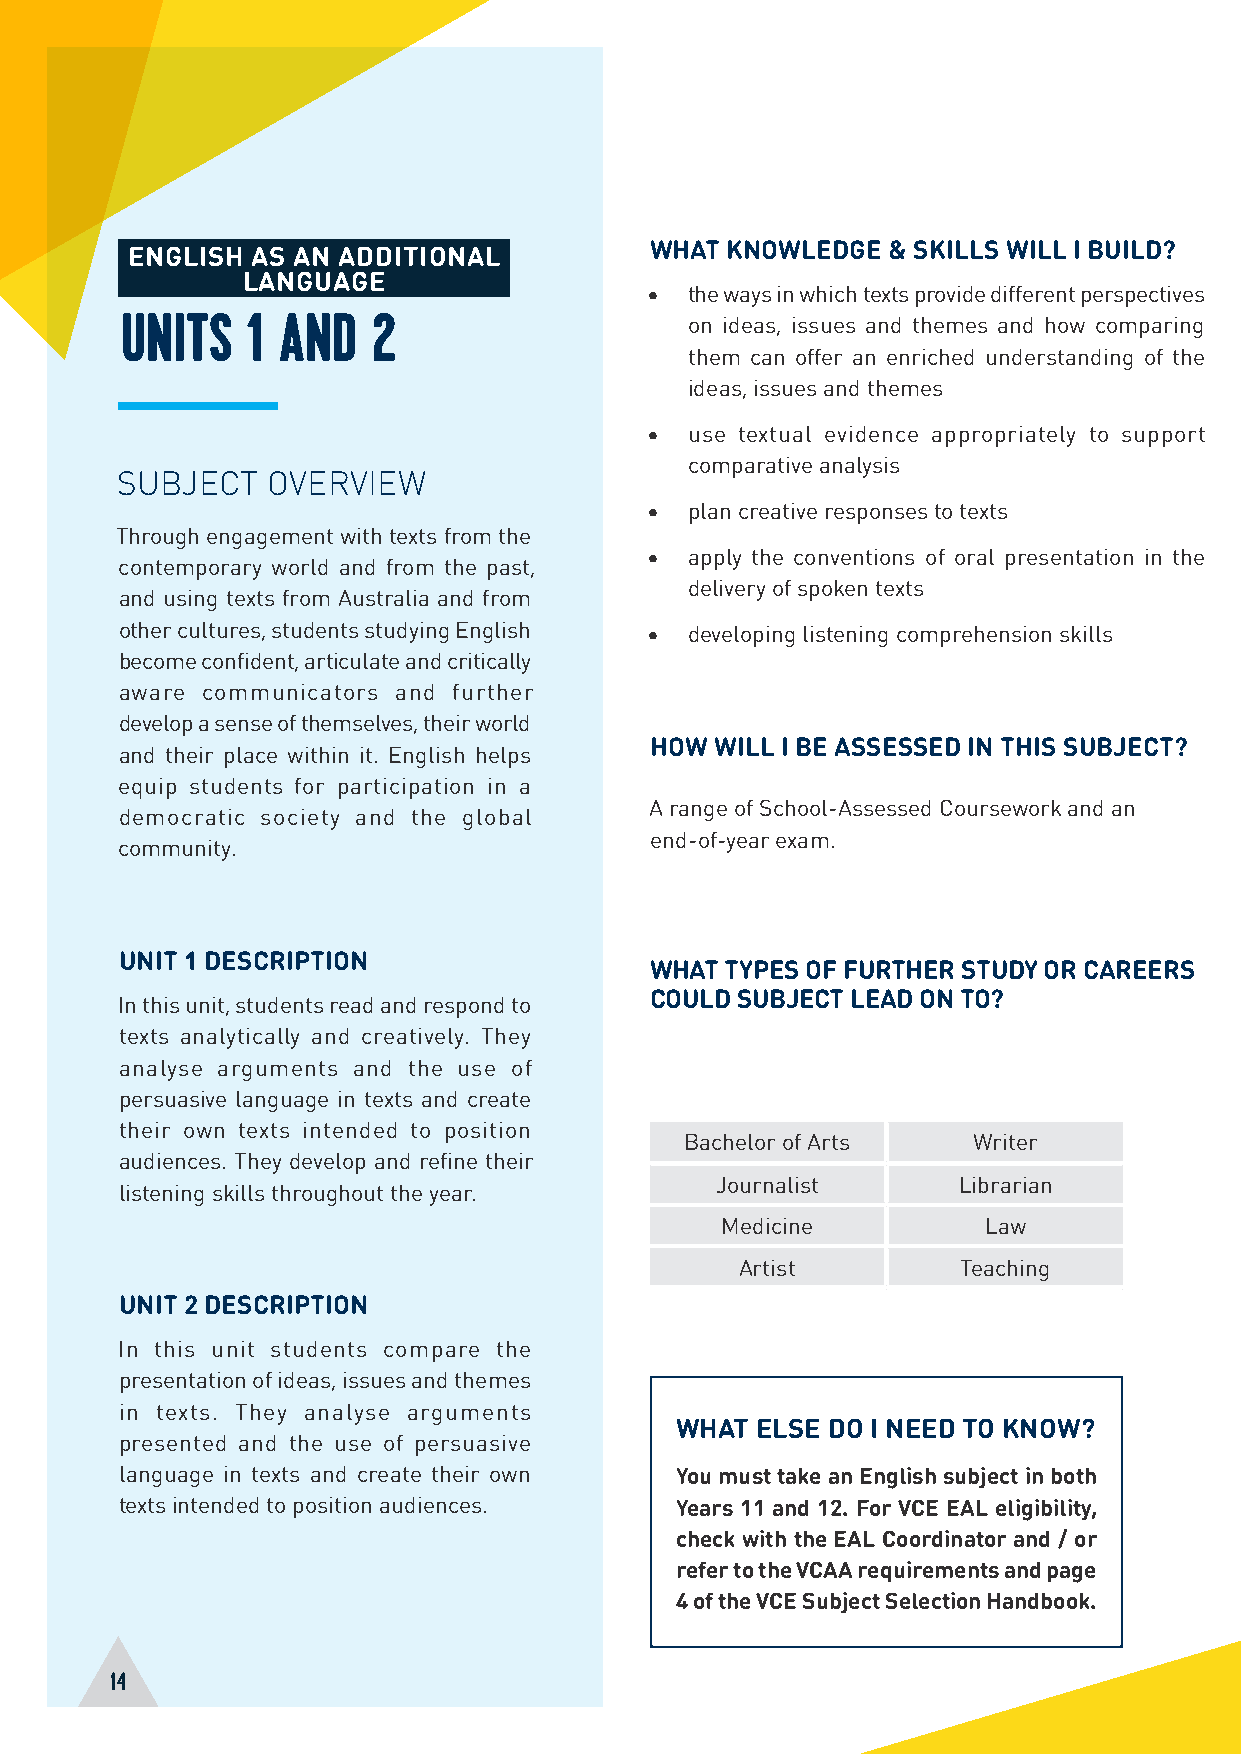
ENGLISH  AS AN ADDITIONAL          WHAT KNOWLEDGE  & SKILLS WILL I BUILD?
 LANGUAGE
 •  the ways in which texts provide different perspectives
 UNITS   1 AND    2                    on ideas, issues and themes and how comparing
 them can offer an enriched understanding of the
 ideas, issues and themes
 •  use textual evidence appropriately to support
 comparative analysis
 SUBJECT   OVERVIEW
 •  plan creative responses to texts
 Through engagement with texts from the
 •  apply the conventions of oral presentation in the
 contemporary world and from the past,
 delivery of spoken texts
 and using texts from Australia and from
 other cultures, students studying English • developing listening comprehension skills
 become confident, articulate and critically
 aware communicators and further
 develop a sense of themselves, their world
 HOW WILL I BE ASSESSED IN THIS SUBJECT?
 and their place within it. English helps
 equip students for participation in a
 A range of School-Assessed Coursework and an
 democratic society and the global
 end-of-year exam.
 community.
 UNIT 1 DESCRIPTION
 WHAT TYPES OF FURTHER STUDY OR CAREERS
 COULD SUBJECT LEAD ON TO?
 In this unit, students read and respond to
 texts analytically and creatively. They
 analyse arguments and the use of
 persuasive language in texts and create
 their own texts intended to position
 Bachelor of Arts   Writer
 audiences. They develop and refine their
 Journalist      Librarian
 listening skills throughout the year.
 Medicine         Law
 Artist         Teaching
 UNIT 2 DESCRIPTION
 In this unit students compare the
 presentation of ideas, issues and themes
 in texts. They analyse arguments
 WHAT ELSE DO I NEED TO KNOW?
 presented and the use of persuasive
 language in texts and create their own You must take an English subject in both
 texts intended to position audiences. Years 11 and 12. For VCE EAL eligibility,
 check with the EAL Coordinator and / or
 refer to the VCAA requirements and page
 4 of the VCE Subject Selection Handbook.
 14